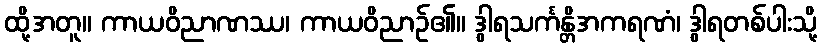
ထို့အတူ။ ကာယဝိညာဏဿ၊ ကာယဝိညာဉ်၏။ ဒွါရသင်္ကန္တိအကရဏံ၊ ဒွါရတစ်ပါးသို့